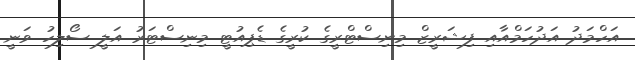
އަހްމަދު އަދުހަމްއާއި ފިޝަރީޒް މިނިސްޓްރީގެ ކުރީގެ ޑެޕިއުޓީ މިނިސްޓަރު އަލީ ސޯލިހު ވަނީ